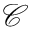
\mathcal { C }